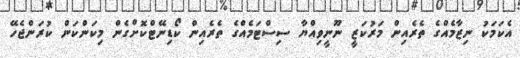
އެކަމަކު ނިޒާމެއްގެ ތެރެއިން މަރުކަޒީ ނޫނީވިއްޔާ ސިސްޓަމެއްގެ ތެރެއިން ކޯޑިނޭޓްކޮށްގެން މިކަންކަން ކުރަންޖެހޭ